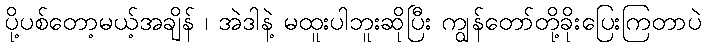
ပို့ပစ်တော့မယ့်အချိန် ၊ အဲဒါနဲ့ မထူးပါဘူးဆိုပြီး ကျွန်တော်တို့ခိုးပြေးကြတာပဲ